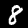
Digit: 8